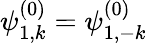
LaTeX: \psi_{1,k}^{(0)}=\psi_{1,-k}^{(0)}